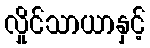
လှိုင်သာယာနှင့်